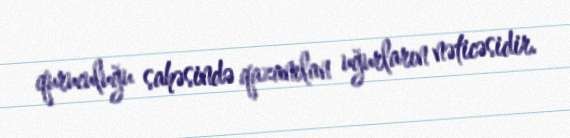
quruculuğu sahəsində qazanılan uğurların nəticəsidir.